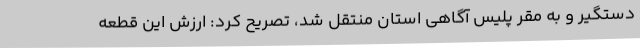
دستگیر و به مقر پلیس آگاهی استان منتقل شد، تصریح کرد: ارزش این قطعه